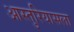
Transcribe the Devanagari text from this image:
आस्तुरियासला